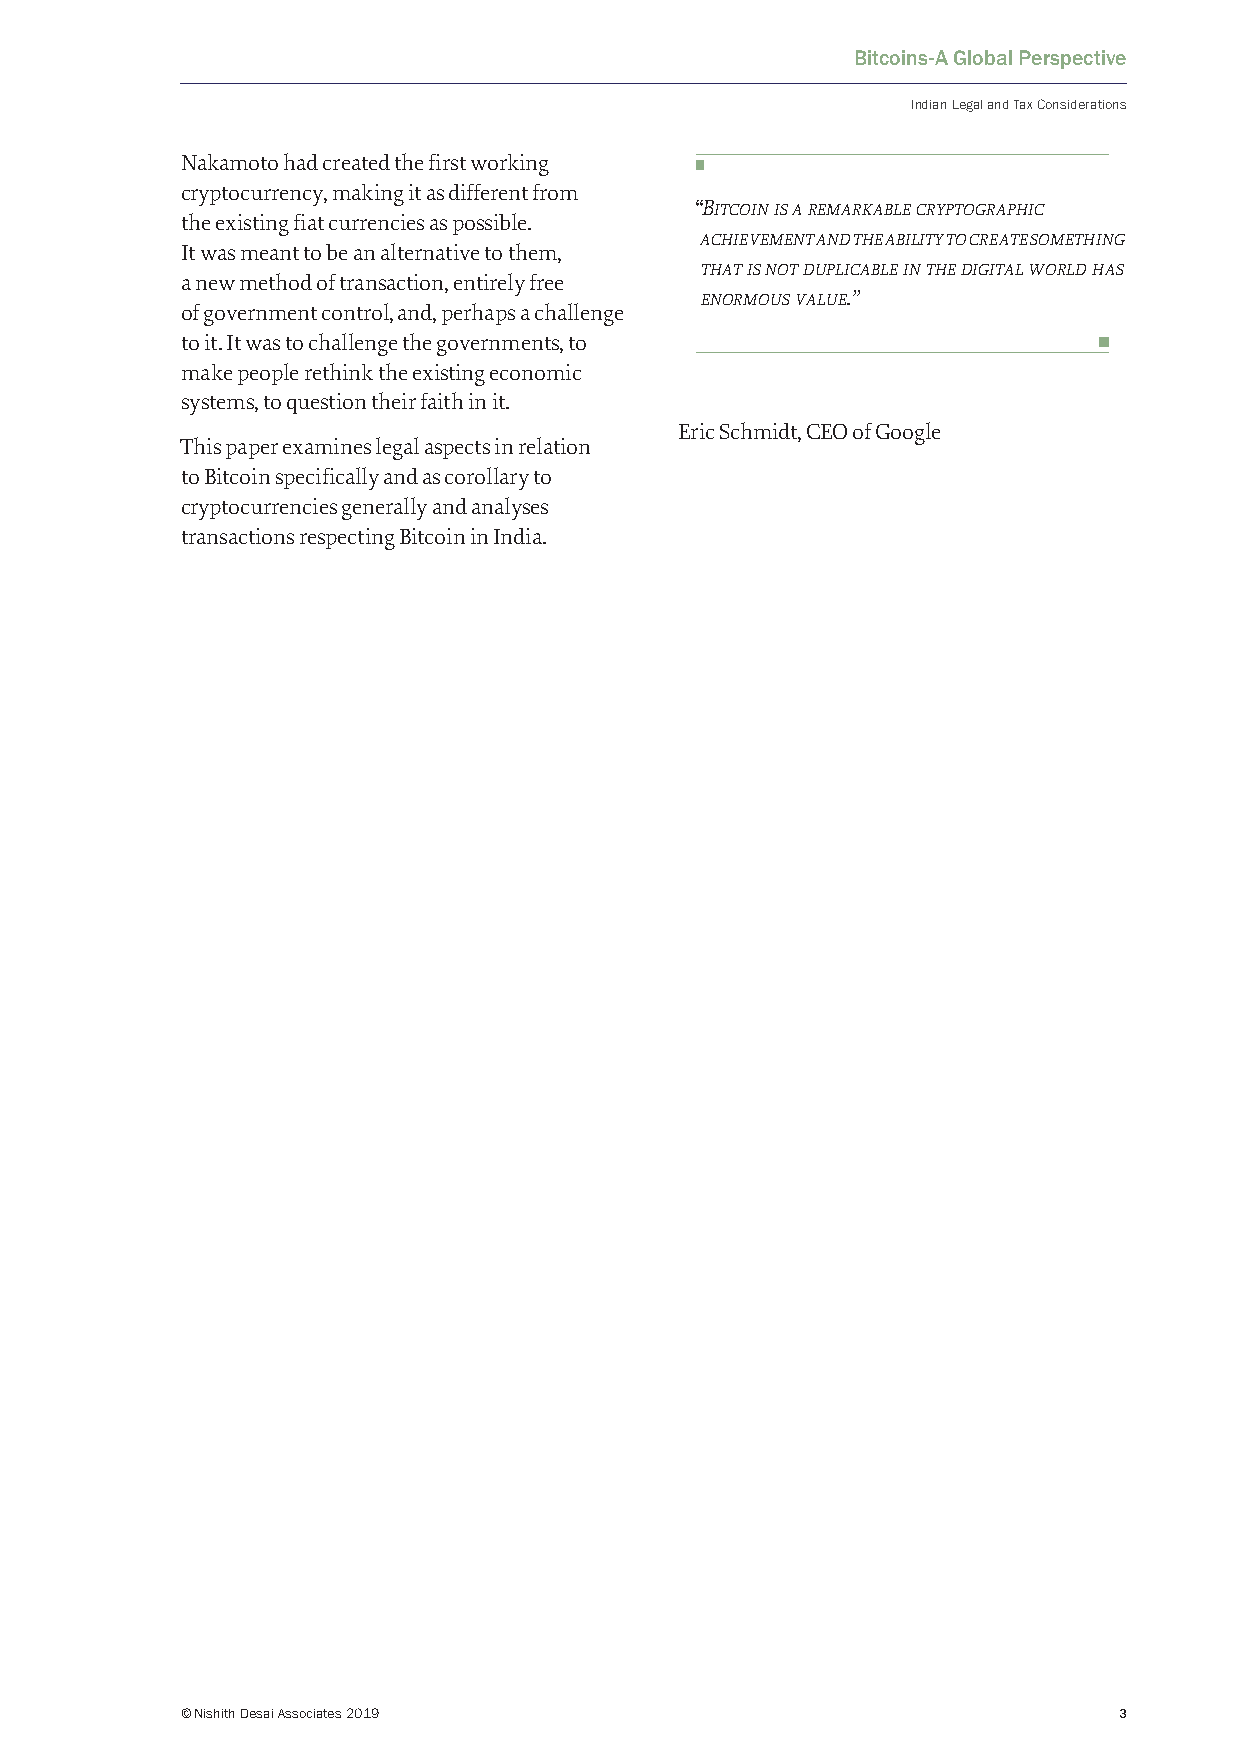
Bitcoins-A Global Perspective
 Indian Legal and Tax Considerations
 Nakamoto had created the first working
 cryptocurrency, making it as different from
 “Bitcoin is a remarkable cryptographic
 the existing fiat currencies as possible.
 achievement and the ability to create something
 It was meant to be an alternative to them,
 that is not duplicable in the digital world has
 a new method of transaction, entirely free
 enormous value.”
 of government control, and, perhaps a challenge
 to it. It was to challenge the governments, to
 make people rethink the existing economic
 systems, to question their faith in it.
 Eric Schmidt, CEO of Google
 This paper examines legal aspects in relation
 to Bitcoin specifically and as corollary to
 cryptocurrencies generally and analyses
 transactions respecting Bitcoin in India.
 © Nishith Desai Associates 2019                               3